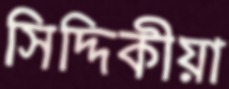
সিদ্দিকীয়া